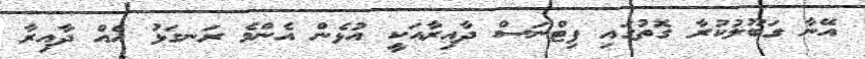
އޭނާ ގަބޫލުކުރާ ގޮތުގައި ފިޓްނަސް ދާއިރާއަކީ އުޅެން އެންމެ ރަނގަޅު އެއް ދާއިރާ